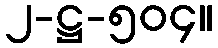
၂-ဋ္ဌ-၅၀၄။